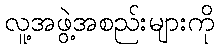
လူ့အဖွဲ့အစည်းများကို